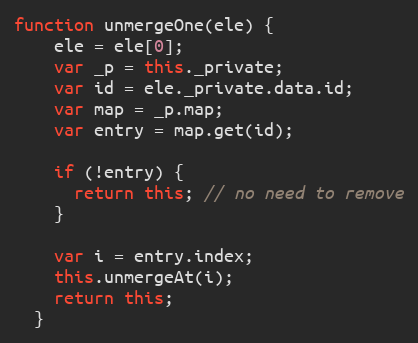
Language: JavaScript
function unmergeOne(ele) {
    ele = ele[0];
    var _p = this._private;
    var id = ele._private.data.id;
    var map = _p.map;
    var entry = map.get(id);

    if (!entry) {
      return this; // no need to remove
    }

    var i = entry.index;
    this.unmergeAt(i);
    return this;
  }